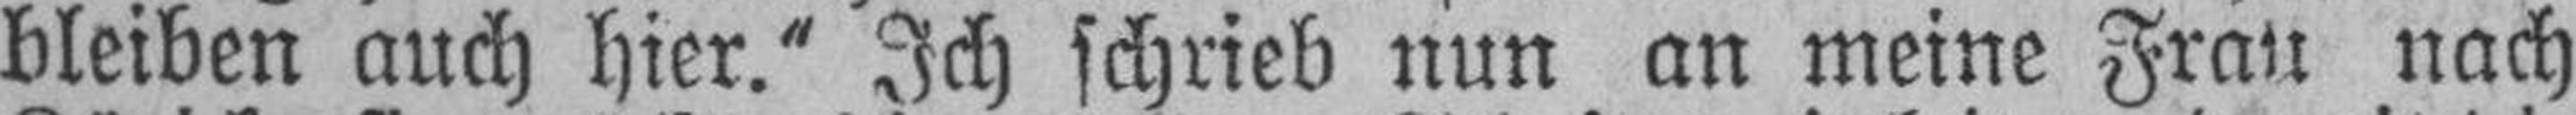
bleiben auch hier.“ Ich schrieb nun an meine Frau nach